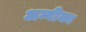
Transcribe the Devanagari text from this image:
अम्वीका